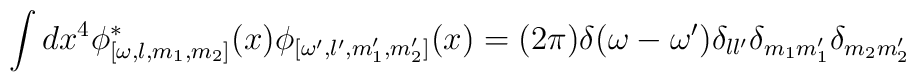
\int dx^4 \phi^\ast_{[\omega,l,m_1,m_2]}(x)                 \phi_{[\omega',l',m'_1,m'_2]}(x) = (2\pi)\delta(\omega-\omega')\delta_{ll'}\delta_{m_1m'_1}\delta_{m_2m'_2}